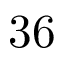
3 6